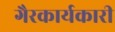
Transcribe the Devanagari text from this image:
गैरकार्यकारी